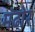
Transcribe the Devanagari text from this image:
मंढोर